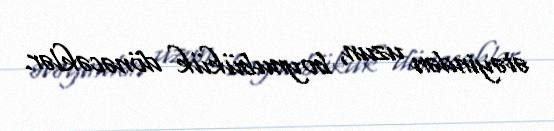
ətəyindən uzun, boynubükük dönəcəklər.